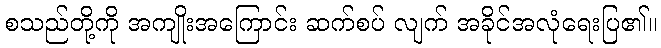
စသည်တို့ကို အကျိုးအကြောင်း ဆက်စပ် လျက် အခိုင်အလုံရေးပြ၏။